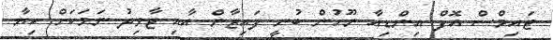
ޓައިމްސް އޮފް އިންޑިއާ ނޫހުން ބުނީ ފައިޒާން އާއި ޖާވިދު ނަމަކަށް ކިޔާ